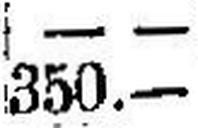
350.—